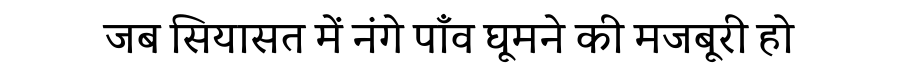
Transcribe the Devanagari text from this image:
जब सियासत में नंगे पाँव घूमने की मजबूरी हो